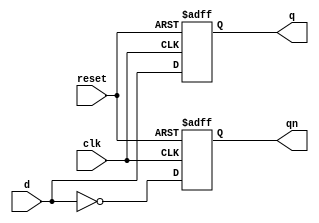
module D_FF(q,
            qn,
            d,
            clk,
            reset);
    output q,qn;
    input d,clk,reset;
    
    reg q,qn;
    
    always @ (posedge clk or posedge reset)
    begin
        if (reset)
        begin
            q <= 0;qn <= 1;
        end
        else
        begin
            q <= d;qn <= ~d;
        end
    end
endmodule